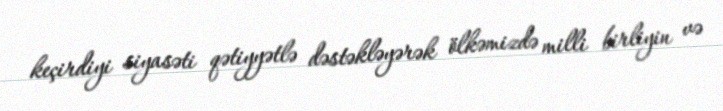
keçirdiyi siyasəti qətiyyətlə dəstəkləyərək ölkəmizdə milli birliyin və